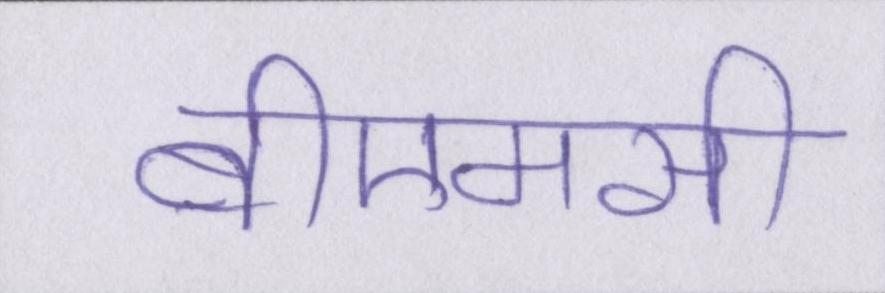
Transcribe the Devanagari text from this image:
बीएमसी